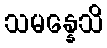
သမန္နေသိ